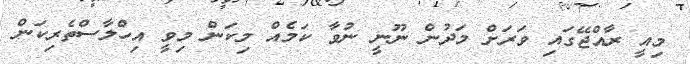
މިއީ ރާއްޖޭގައި ވަރަށް މަދުން ނޫނީ ނުވާ ކަމެއް މިކަން މިވީ އިހްލާސްތެރިކަން